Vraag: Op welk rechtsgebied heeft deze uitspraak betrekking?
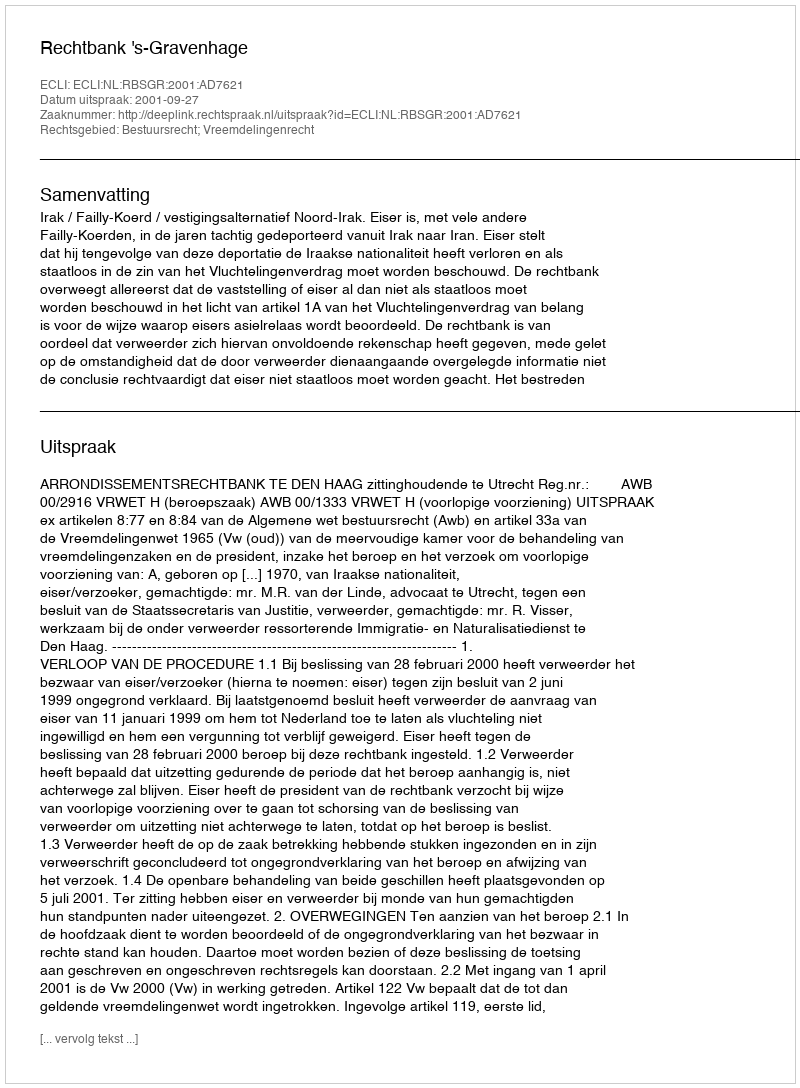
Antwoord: Bestuursrecht; Vreemdelingenrecht